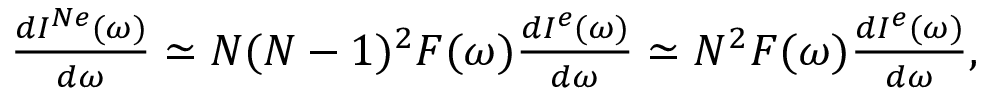
\begin{array} { r } { \frac { d I ^ { N e } ( \omega ) } { d \omega } \simeq N ( N - 1 ) ^ { 2 } F ( \omega ) \frac { d I ^ { e } ( \omega ) } { d \omega } \simeq N ^ { 2 } F ( \omega ) \frac { d I ^ { e } ( \omega ) } { d \omega } , } \end{array}